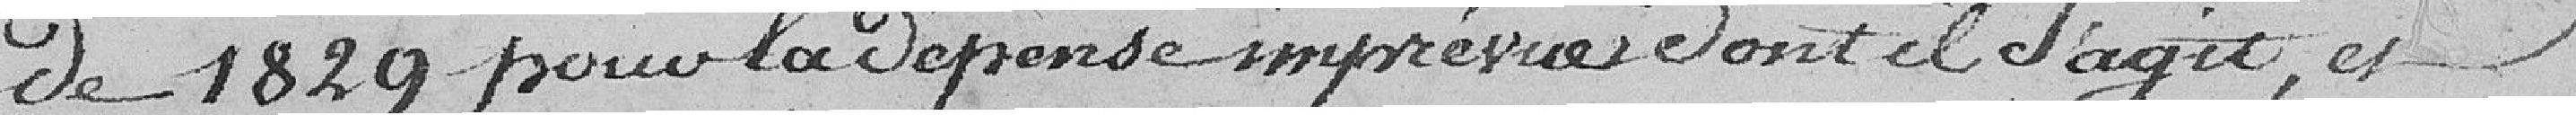
De 1829 pour la dépense imprévue dont il s'agit et